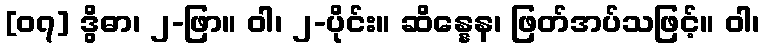
[၀၇] ဒွိဓာ၊ ၂-ဖြာ။ ဝါ၊ ၂-ပိုင်း။ ဆိန္နေန၊ ဖြတ်အပ်သဖြင့်။ ဝါ၊